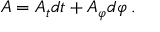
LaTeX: A = A _ { t } d t + A _ { \varphi } d { \varphi } \: .